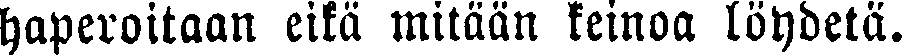
haperoitaan eikä mitään keinoa löydetä.